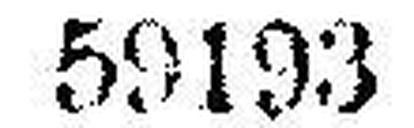
59193